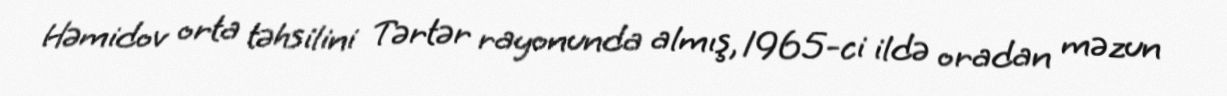
Həmidov orta təhsilini Tərtər rayonunda almış, 1965-ci ildə oradan məzun